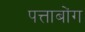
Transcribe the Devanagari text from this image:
पत्ताबोंग